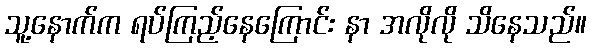
သူ့နောက်က ရပ်ကြည့်နေကြောင်း နာ အလိုလို သိနေသည်။